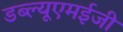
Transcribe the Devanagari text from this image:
डब्ल्यूएमईजी